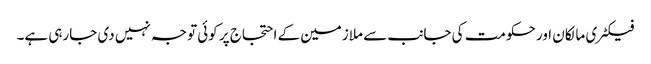
فیکٹری مالکان اور حکومت کی جانب سے ملازمین کے احتجاج پر کوئی توجہ نہیں دی جارہی ہے۔